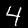
Digit: 4